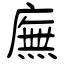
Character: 廡